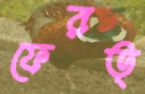
ফেরত্